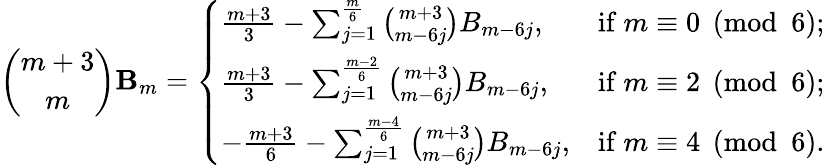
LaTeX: {\binom{m+3}{m}}\mathbf{B}_{m}={\left\{ \begin{array}{ll}{{\frac{m+3}{3}}-\sum_{j=1}^{\frac{m}{6}}{\binom{m+3}{m-6j}}B_{m-6j},}&{{\mathrm{if~}}m\equiv 0{\pmod{6}};}\\ {{\frac{m+3}{3}}-\sum_{j=1}^{\frac{m-2}{6}}{\binom{m+3}{m-6j}}B_{m-6j},}&{{\mathrm{if~}}m\equiv 2{\pmod{6}};}\\ {-{\frac{m+3}{6}}-\sum_{j=1}^{\frac{m-4}{6}}{\binom{m+3}{m-6j}}B_{m-6j},}&{{\mathrm{if~}}m\equiv 4{\pmod{6}}.}\end{array}\right.}